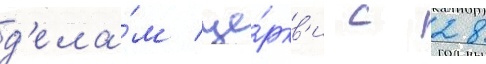
д'ела́м це́ркв'и с 28